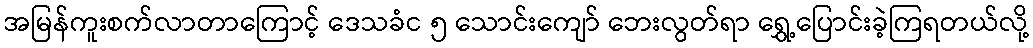
အမြန်ကူးစက်လာတာကြောင့် ဒေသခံင ၅ သောင်းကျော် ဘေးလွတ်ရာ ရွှေ့ပြောင်းခဲ့ကြရတယ်လို့